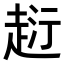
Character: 𧻟